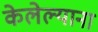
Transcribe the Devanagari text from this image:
केलेल्याना